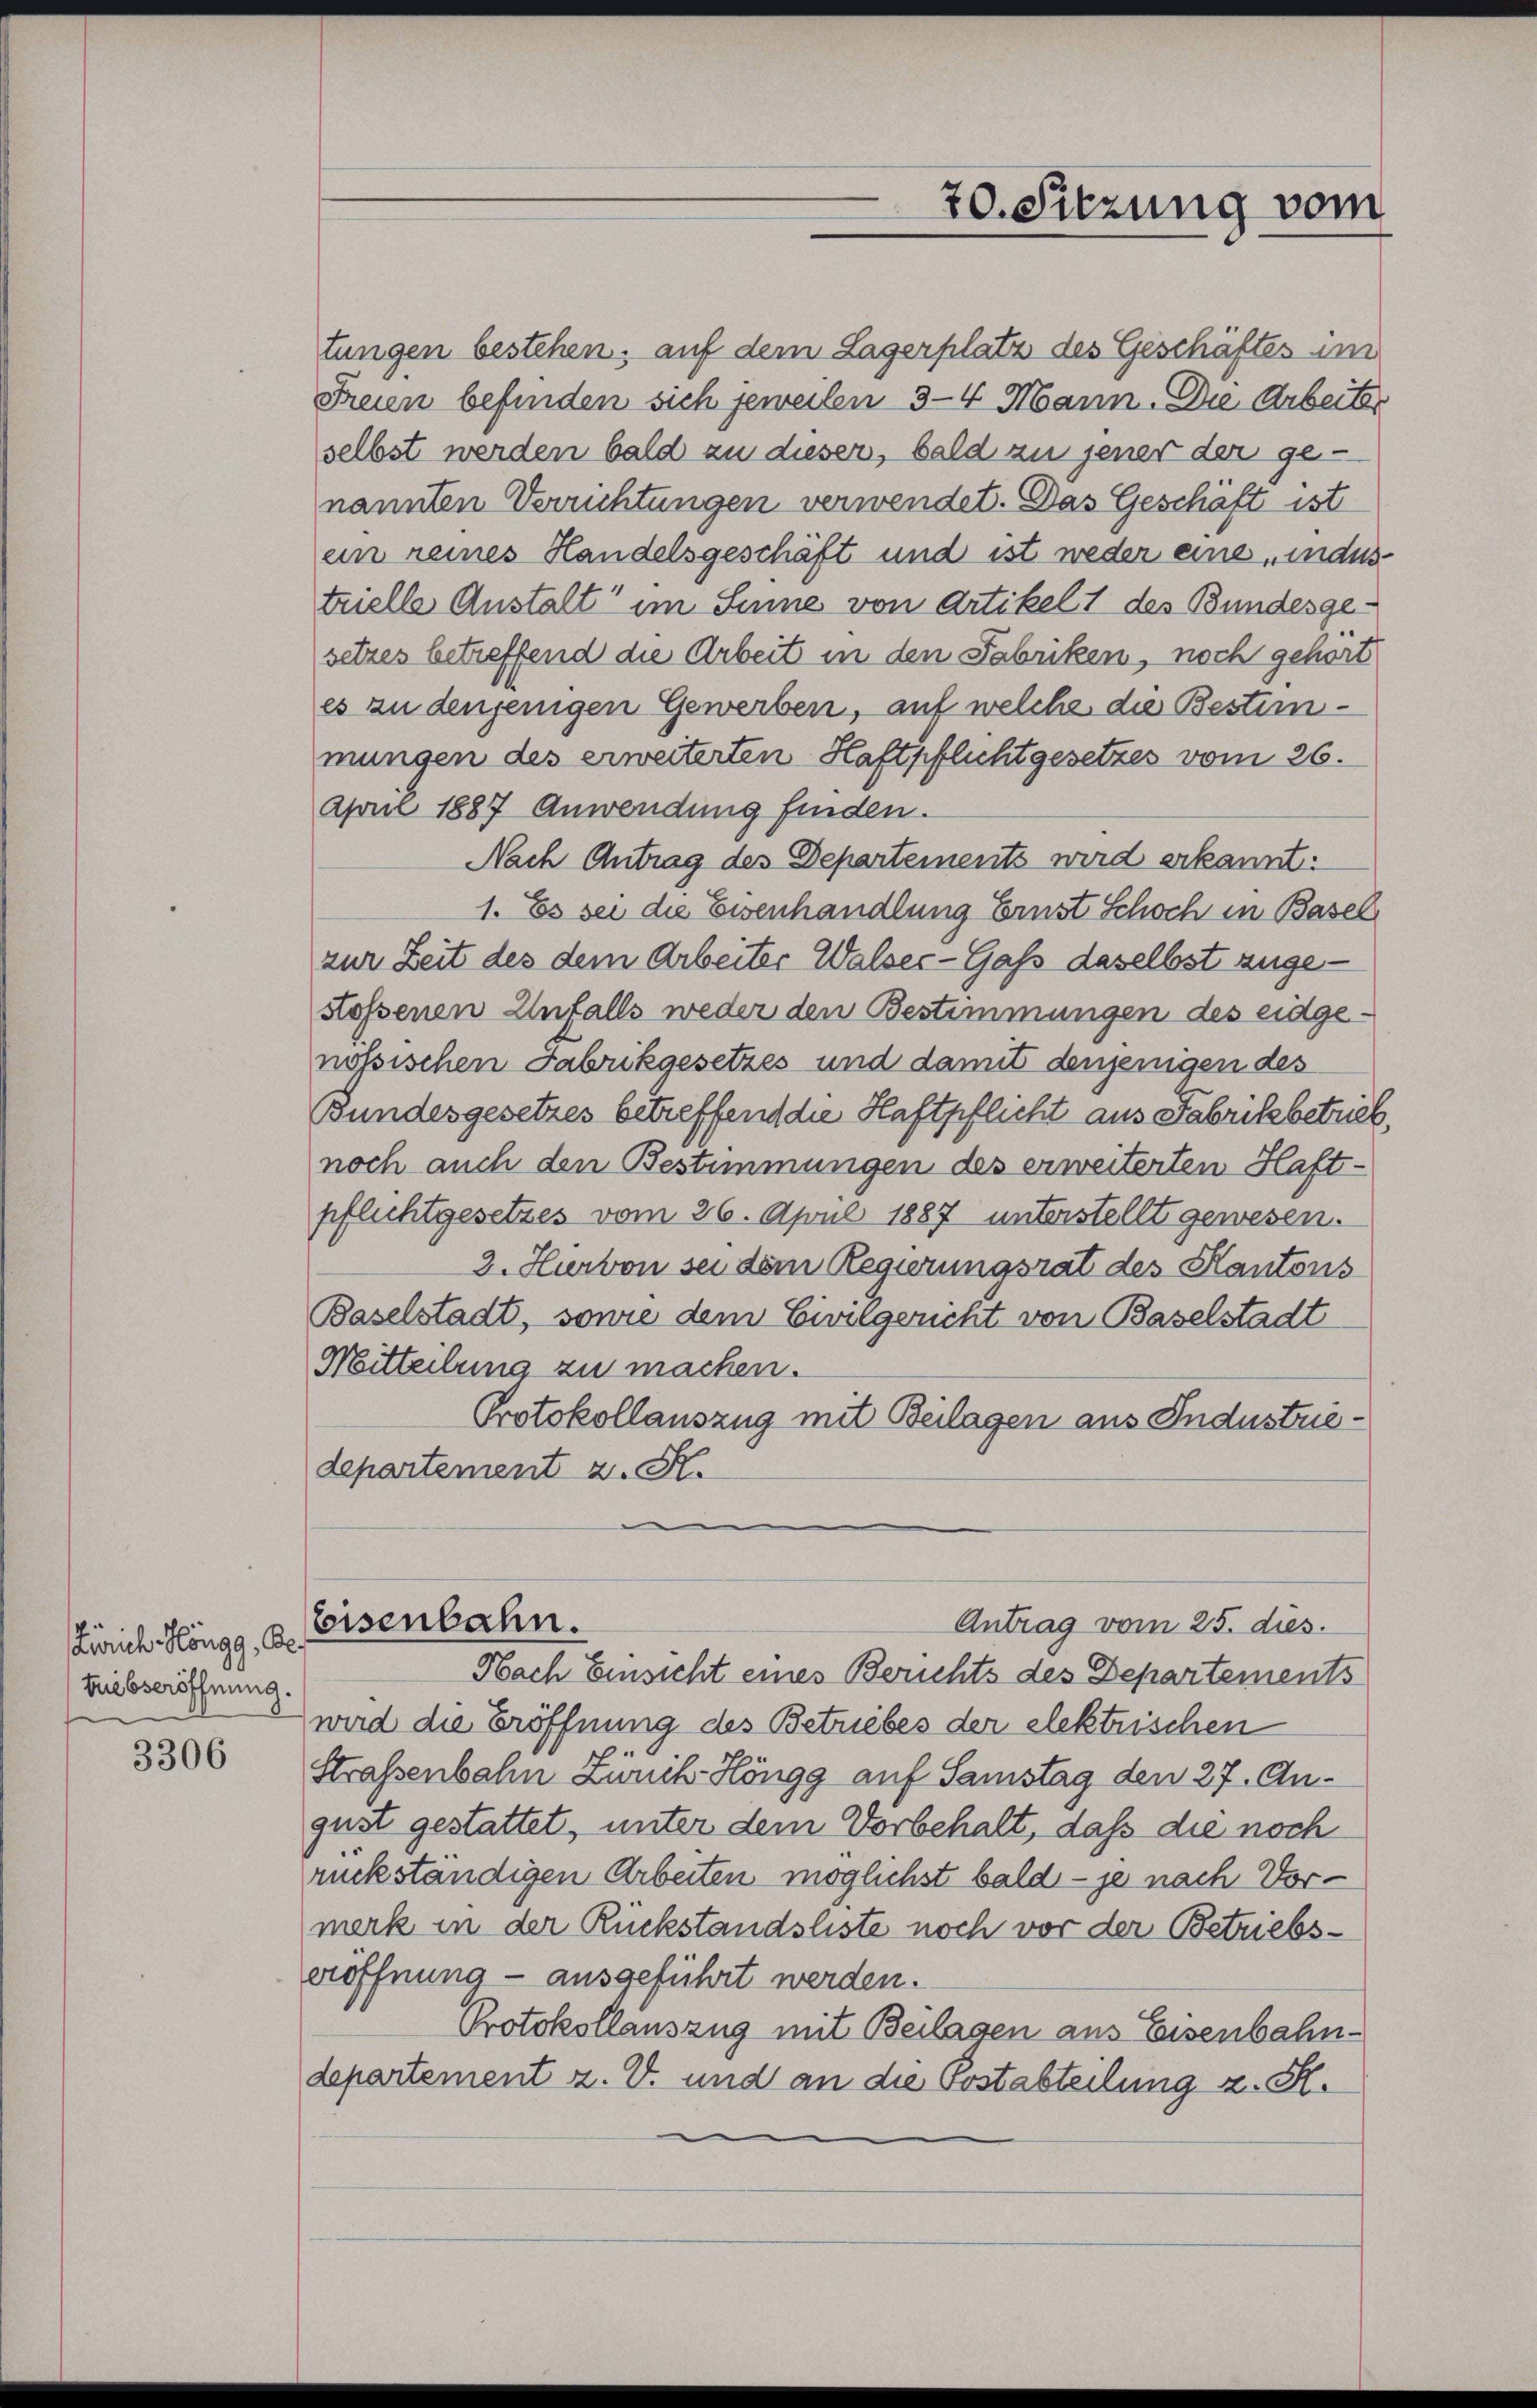
tuebseröffnung.

3306

tungen bestehen, auf dem Lagerplatz des Geschäftes im
Freien befinden sich jeweilen 3–4 Mann. Die Arbeiter
selbst werden bald zu diesen, bald zu jener den genannten Verrichtungen verwendet. Das Geschäft ist
ein reines Handelsgeschäft und ist weder eine indestrielle Anstalt im Sinne von Artikelt des Bundesgesetzes betreffend die Arbeit in den Fabriken, noch gehört
es zu denjenigen Gewerben, auf welche die Bestimmungen des erweiterten Haftpflichtgesetzes vom 26.
April 1887 Anwendung finden.
Nach Antrag des Departements wird erkannt:
1. Es sei die Eisenhandlung Ernst Schoch in Basel
zur Zeit des dem Arbeiter Walser-Gaß daselbst zugestossenen Unfalls weder den Bestimmungen des eidgenössischen Fabrikgesetzes und damit denjenigen des
Bundesgesetzes betreffend die Haftpflicht aus Fabrikbetrieb,
noch auch den Bestimmungen des erweiterten Haft-
pflichtgesetzes vom 26. April 1887 unterstellt gewesen.
2. Hervon sei dem Regierungsrat des Kantons
Baselstadt, sonne dem Civilgericht von Baselstadt
Mitteilung zu machen.
Protokollauszug mit Beilagen aus Industriedepartement z. St.

Zürich Höngg, a. Eisenbahn.

Nach Einsicht eines Berichts des Departements
wird die Eröffnung des Betriebes der elektrischen
Straßenbahn Zürich Höngg auf Samstag den 27. August gestattet, unter dem Vorbehalt, daß die noch
rückständigen Arbeiten möglichst bald - je nach Vormerk in der Rückstandsliste noch vor der Betriebseröffnung - ausgeführt werden.
Protokollauszug mit Beilagen aus Eisenbahndepartement z. V. und an die Postabteilung z. S.

20. Sitzung vom

Antrag vom 25. dies.